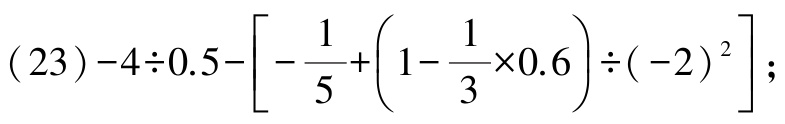
\((23)-4\div0.5-\left[-\frac{1}{5}+\left(1 - \frac{1}{3}\times0.6\right)\div(-2)^{2}\right];\)